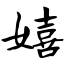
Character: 嬉